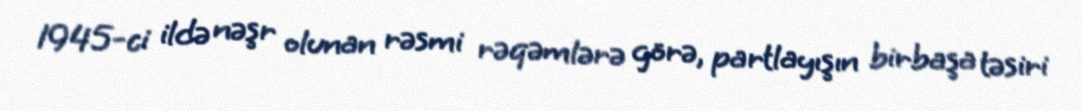
1945-ci ildə nəşr olunan rəsmi rəqəmlərə görə, partlayışın birbaşa təsiri